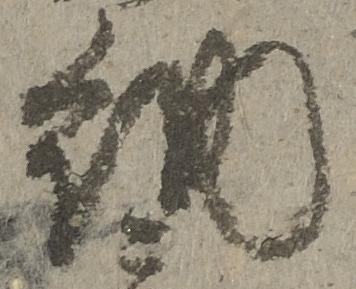
納